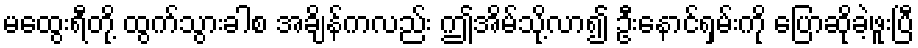
မထွေးရီတို့ ထွက်သွားခါစ အချိန်ကလည်း ဤအိမ်သို့လာ၍ ဦးနောင်ရှမ်းကို ပြောဆိုခဲ့ဖူးပြီ